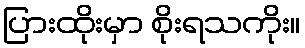
ပြားထိုးမှာ စိုးရသကိုး။